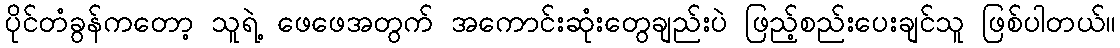
ပိုင်တံခွန်ကတော့ သူရဲ့ ဖေဖေအတွက် အကောင်းဆုံးတွေချည်းပဲ ဖြည့်စည်းပေးချင်သူ ဖြစ်ပါတယ်။